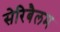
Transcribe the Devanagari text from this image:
सेरिबैलम